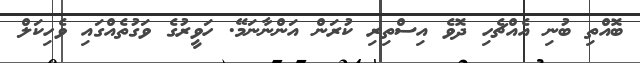
ބޮއްތި ބުނި އެއްޗެހި ދޮވެ އިސްތިރި ކުރަން އަންނާނަމޭ. ހަވީރުގެ ވަގުތެއްގައި ވެހިކަލް